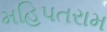
મહિપતરામ